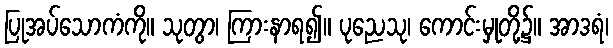
ပြုအပ်သောကံကို။ သုတွာ၊ ကြားနာရ၍။ ပုညေသု၊ ကောင်းမှုတို့၌။ အာဒရံ၊